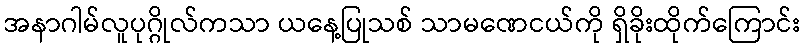
အနာဂါမ်လူပုဂ္ဂိုလ်ကသာ ယနေ့ပြုသစ် သာမဏေငယ်ကို ရှိခိုးထိုက်ကြောင်း